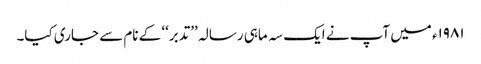
۱۹۸۱ء میں آپ نے ایک سہ ماہی رسالہ ’’تدبر‘‘ کے نام سے جاری کیا۔